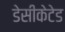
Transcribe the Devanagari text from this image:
डेसीकेटेड